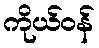
ကိုယ်ဝန်